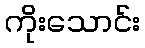
ကိုးသောင်း